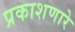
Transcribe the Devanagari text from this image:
प्रकाशणारे